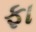
ફા